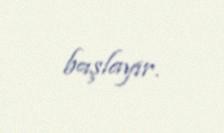
başlayır.